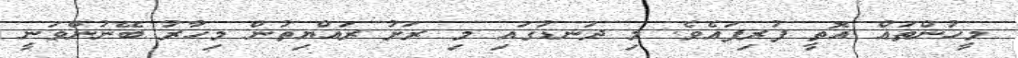
މީހުންތައް އޮތީ ފުރިފައެވެ. މި ދަނޑުގައި މި ރަށު ރައްޔިތުން މިހާރު ބޭނުންވަނީ